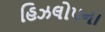
હિઝલોપના